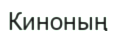
Киноның